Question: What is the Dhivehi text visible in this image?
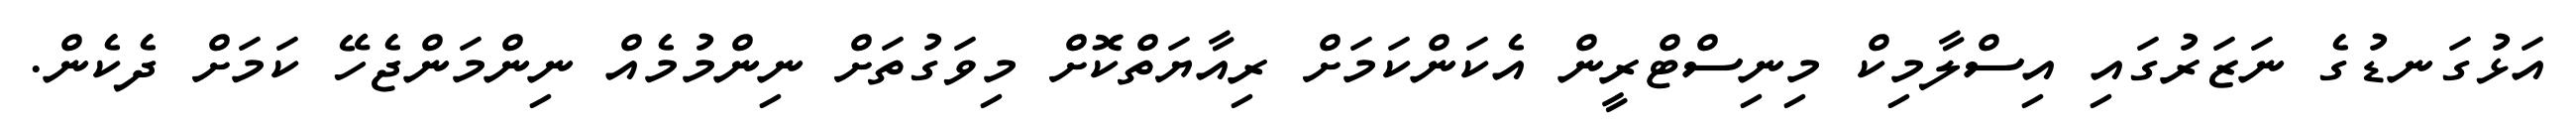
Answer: އަޅުގަނޑުގެ ނަޒަރުގައި އިސްލާމިކް މިނިސްޓްރީން އެކަންކަމަށް ރިއާޔަތްކޮށް މިވަގުތަށް ނިންމުމެއް ނިންމަންޖެހޭ ކަމަށް ދެކެން.